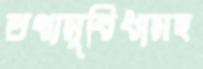
তথ্যসুবিধাসহ